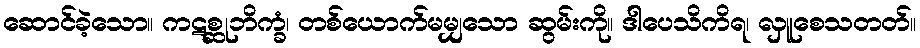
ဆောင်ခဲ့သော။ ကဋစ္ဆုဘိက္ခံ၊ တစ်ယောက်မမျှသော ဆွမ်းကို။ ဒါပေသိကိရ၊ လှူစေသတတ်။